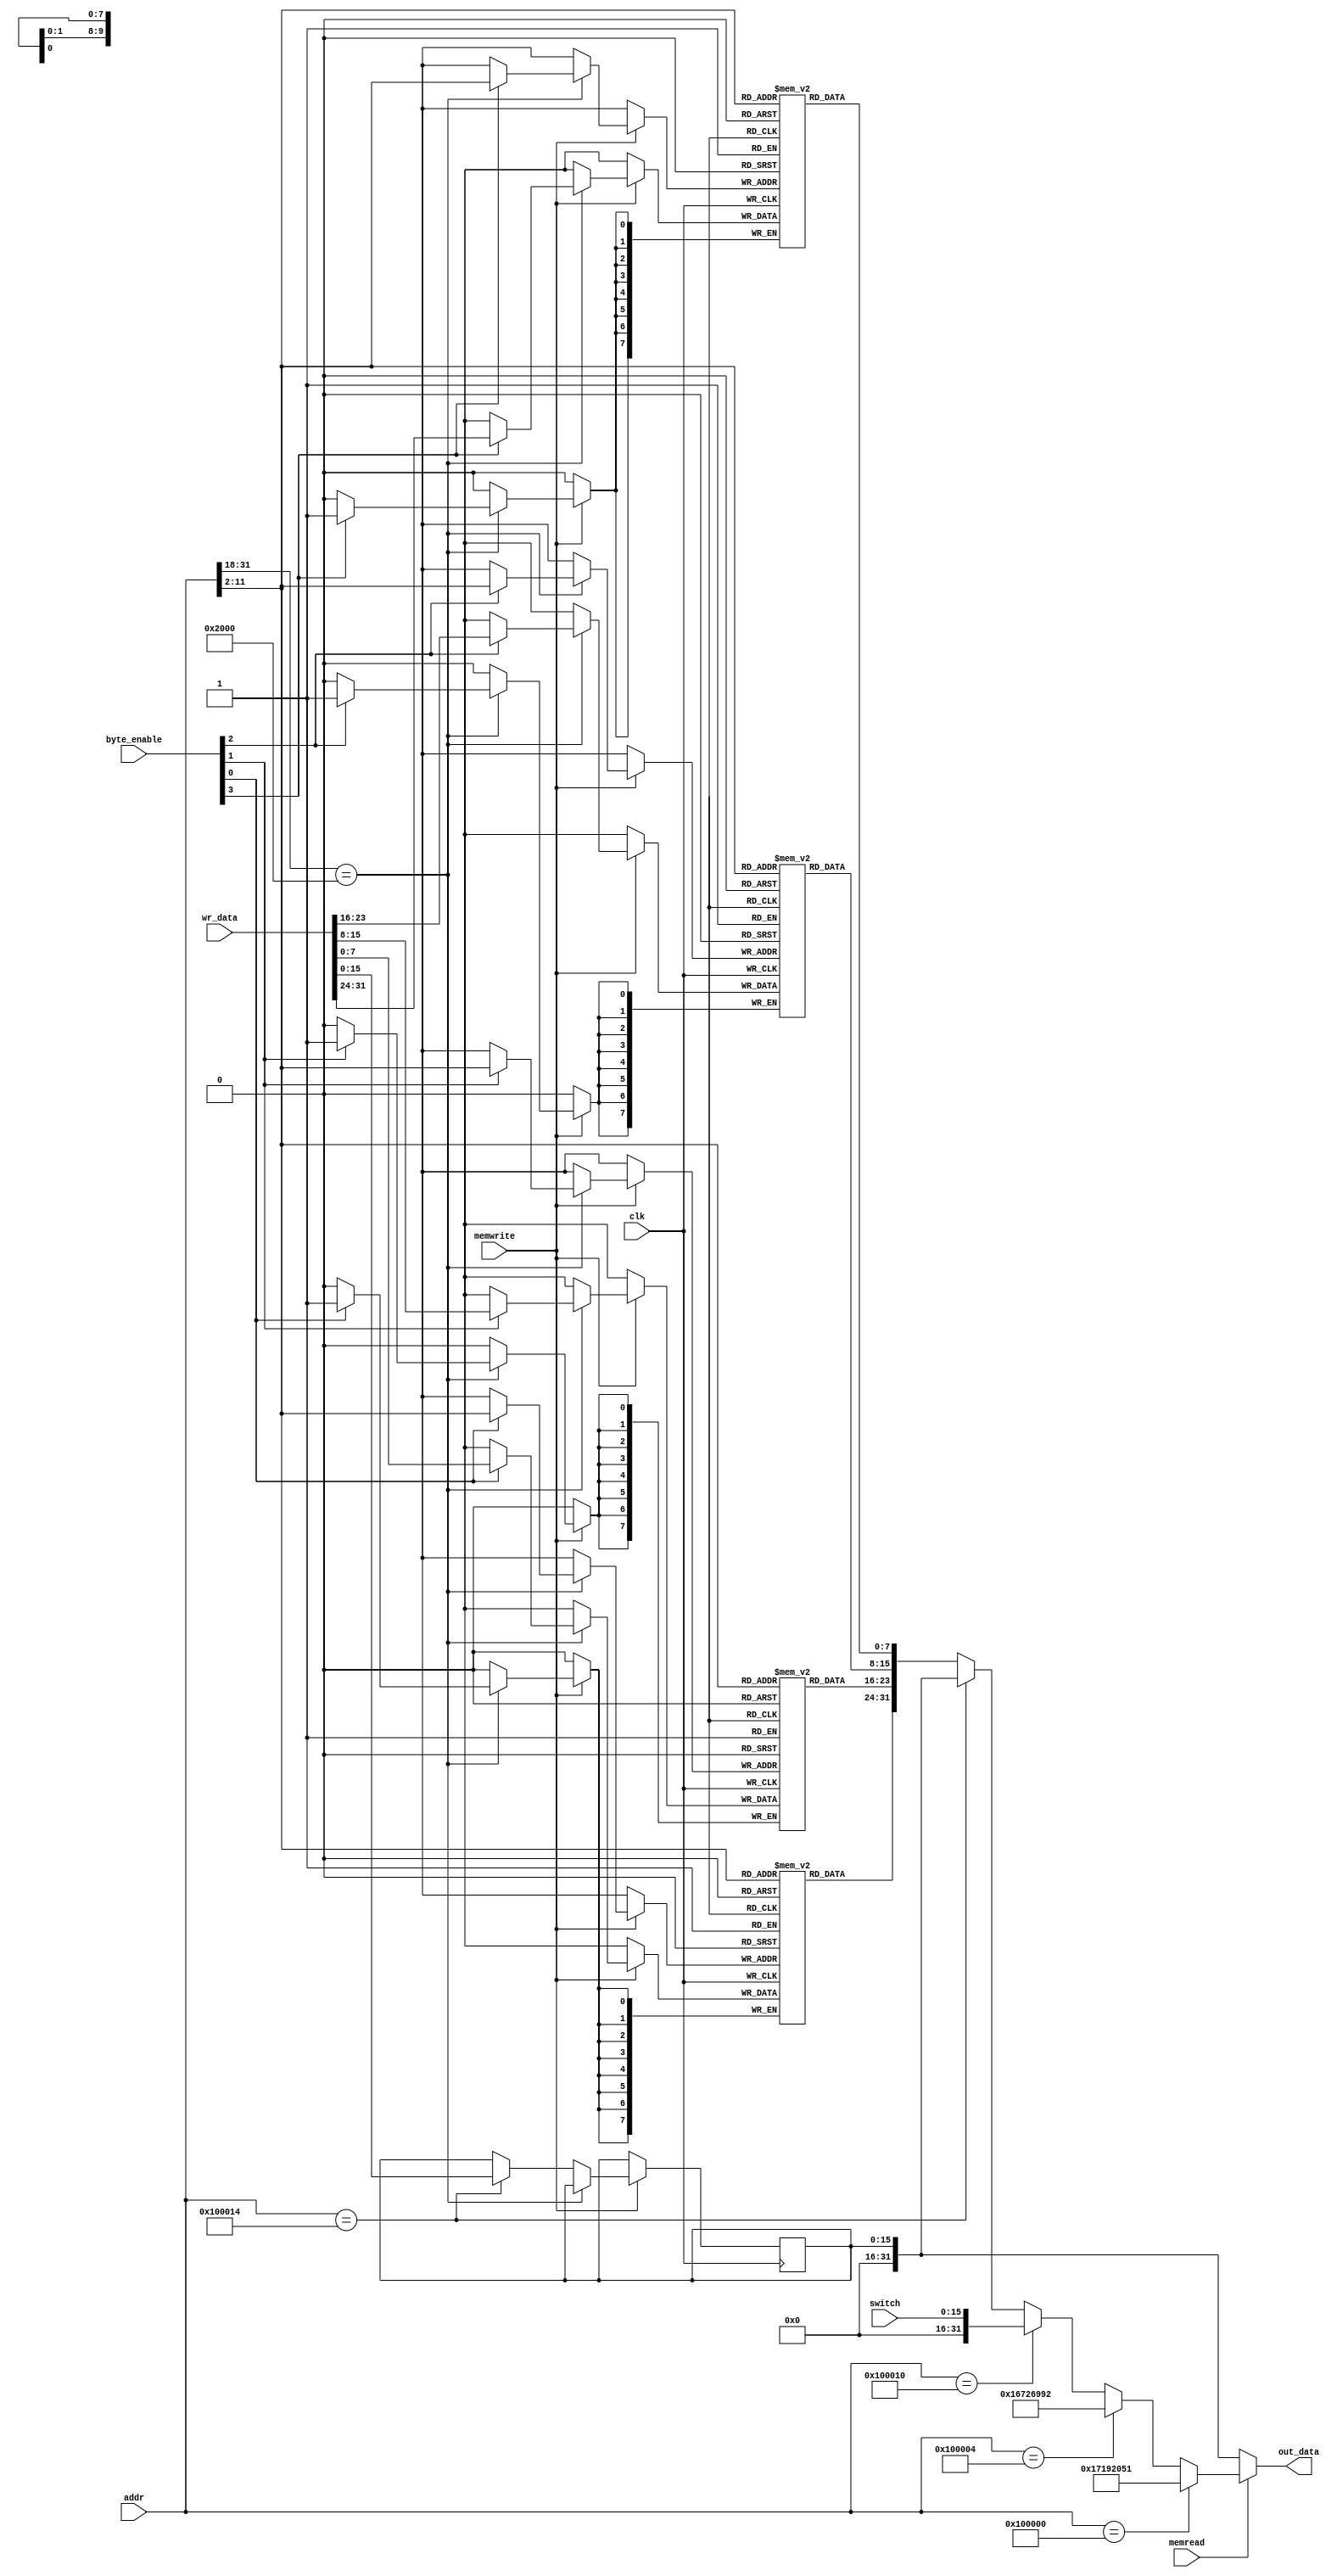
`timescale 1ns / 1ps
//////////////////////////////////////////////////////////////////////////////////
// Company: 
// Engineer: 
// 
// Design Name: 
// Module Name: DMEM
// Project Name: 
// Target Devices: 
// Tool Versions: 
// Description: 
// 
// Dependencies: 
// 
// Revision:
// Revision 0.01 - File Created
// Additional Comments:
// 
//////////////////////////////////////////////////////////////////////////////////


module DMEM(
input clk, memread, memwrite,
input[3:0] byte_enable,
input[31:0] addr, wr_data,
//input[1:0] data_type,
input[15:0] switch,
output reg[31:0] out_data
    );

parameter DMEMsize = 4096;
wire[31:0] addr_wa;//word addressed 
//reg[31:0] DMEM[0:(DMEMsize/4)+3];
reg[7:0] DMEM0[0:(DMEMsize/4)-1];
reg[7:0] DMEM1[0:(DMEMsize/4)-1];
reg[7:0] DMEM2[0:(DMEMsize/4)-1];
reg[7:0] DMEM3[0:(DMEMsize/4)-1];
//reg[31:0] SMEM[0:5];// special mem for N number, switches and LED
reg[31:0] N1 = 32'h17192051;
reg[31:0] N2 = 32'h16726992;
reg[15:0] LED;
//reg[31:0] DMEM [0:(DMEMsize/4)]; 

assign addr_wa = (addr[31:0] >> 2); //+ 32'h20000000; //this ram is word addressed, so all the addresses from alu and pc will need to be divided by 4
    
always@(*) begin
    if(memread) begin
        if(addr[31:0] == 32'h00100000)
            out_data <= N1;
        else if(addr[31:0] == 32'h00100004)
            out_data <= N2;
        else if(addr[31:0] == 32'h00100010)
            out_data <= {16'b0,switch};
        else if(addr[31:0] == 32'h00100014) 
            out_data <= {16'b0,LED};
        else 
            out_data <= {DMEM0[addr_wa[9:0]], DMEM1[addr_wa[9:0]], DMEM2[addr_wa[9:0]], DMEM3[addr_wa[9:0]]};  
    end
    else
        out_data <= {16'b0,LED};
        //out_data <= 0;
end




    
always@(posedge clk) begin
    if(memwrite) begin
        if(addr_wa[31:16] == 16'h2000) begin
            if(byte_enable[0])
                DMEM0[addr_wa[9:0]] <= wr_data[07:00];
            if(byte_enable[1])
                DMEM1[addr_wa[9:0]] <= wr_data[15:08];
            if(byte_enable[2])
                DMEM2[addr_wa[9:0]] <= wr_data[23:16];
            if(byte_enable[3])
                DMEM3[addr_wa[9:0]] <= wr_data[31:24];     
        end
        else if(addr[31:0] == 32'h00100014)
            LED <= {16'b0,wr_data[15:0]};
        //else 
                
    end 
         
end   

endmodule